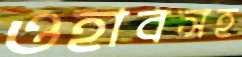
ওহাবসহ